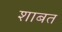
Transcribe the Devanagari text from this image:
शाबत